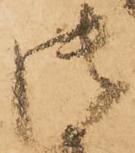
御